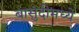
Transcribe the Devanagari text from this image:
बासुंदीमध्ये